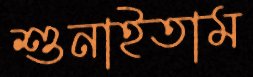
শুনাইতাম